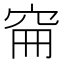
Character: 𥥚